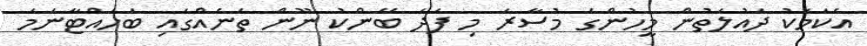
އެކަމަކު ދައުލަތުން މީހުންގެ މުސާރަ މި ފަދަ ބޭންކު ނޫން ތަނެއްގައި ބަހައްޓާނަމަ